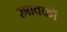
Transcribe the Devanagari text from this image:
स्त्रावकों